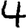
Digit: 4